Bréfritari: Sigríður Pálsdóttir
Viðtakandi: Páll Pálsson
Dagsetning: A-1865-04-16
Skrifað á: Breiðabólsstað  Rang.
Páll var bróðir Sigríðar

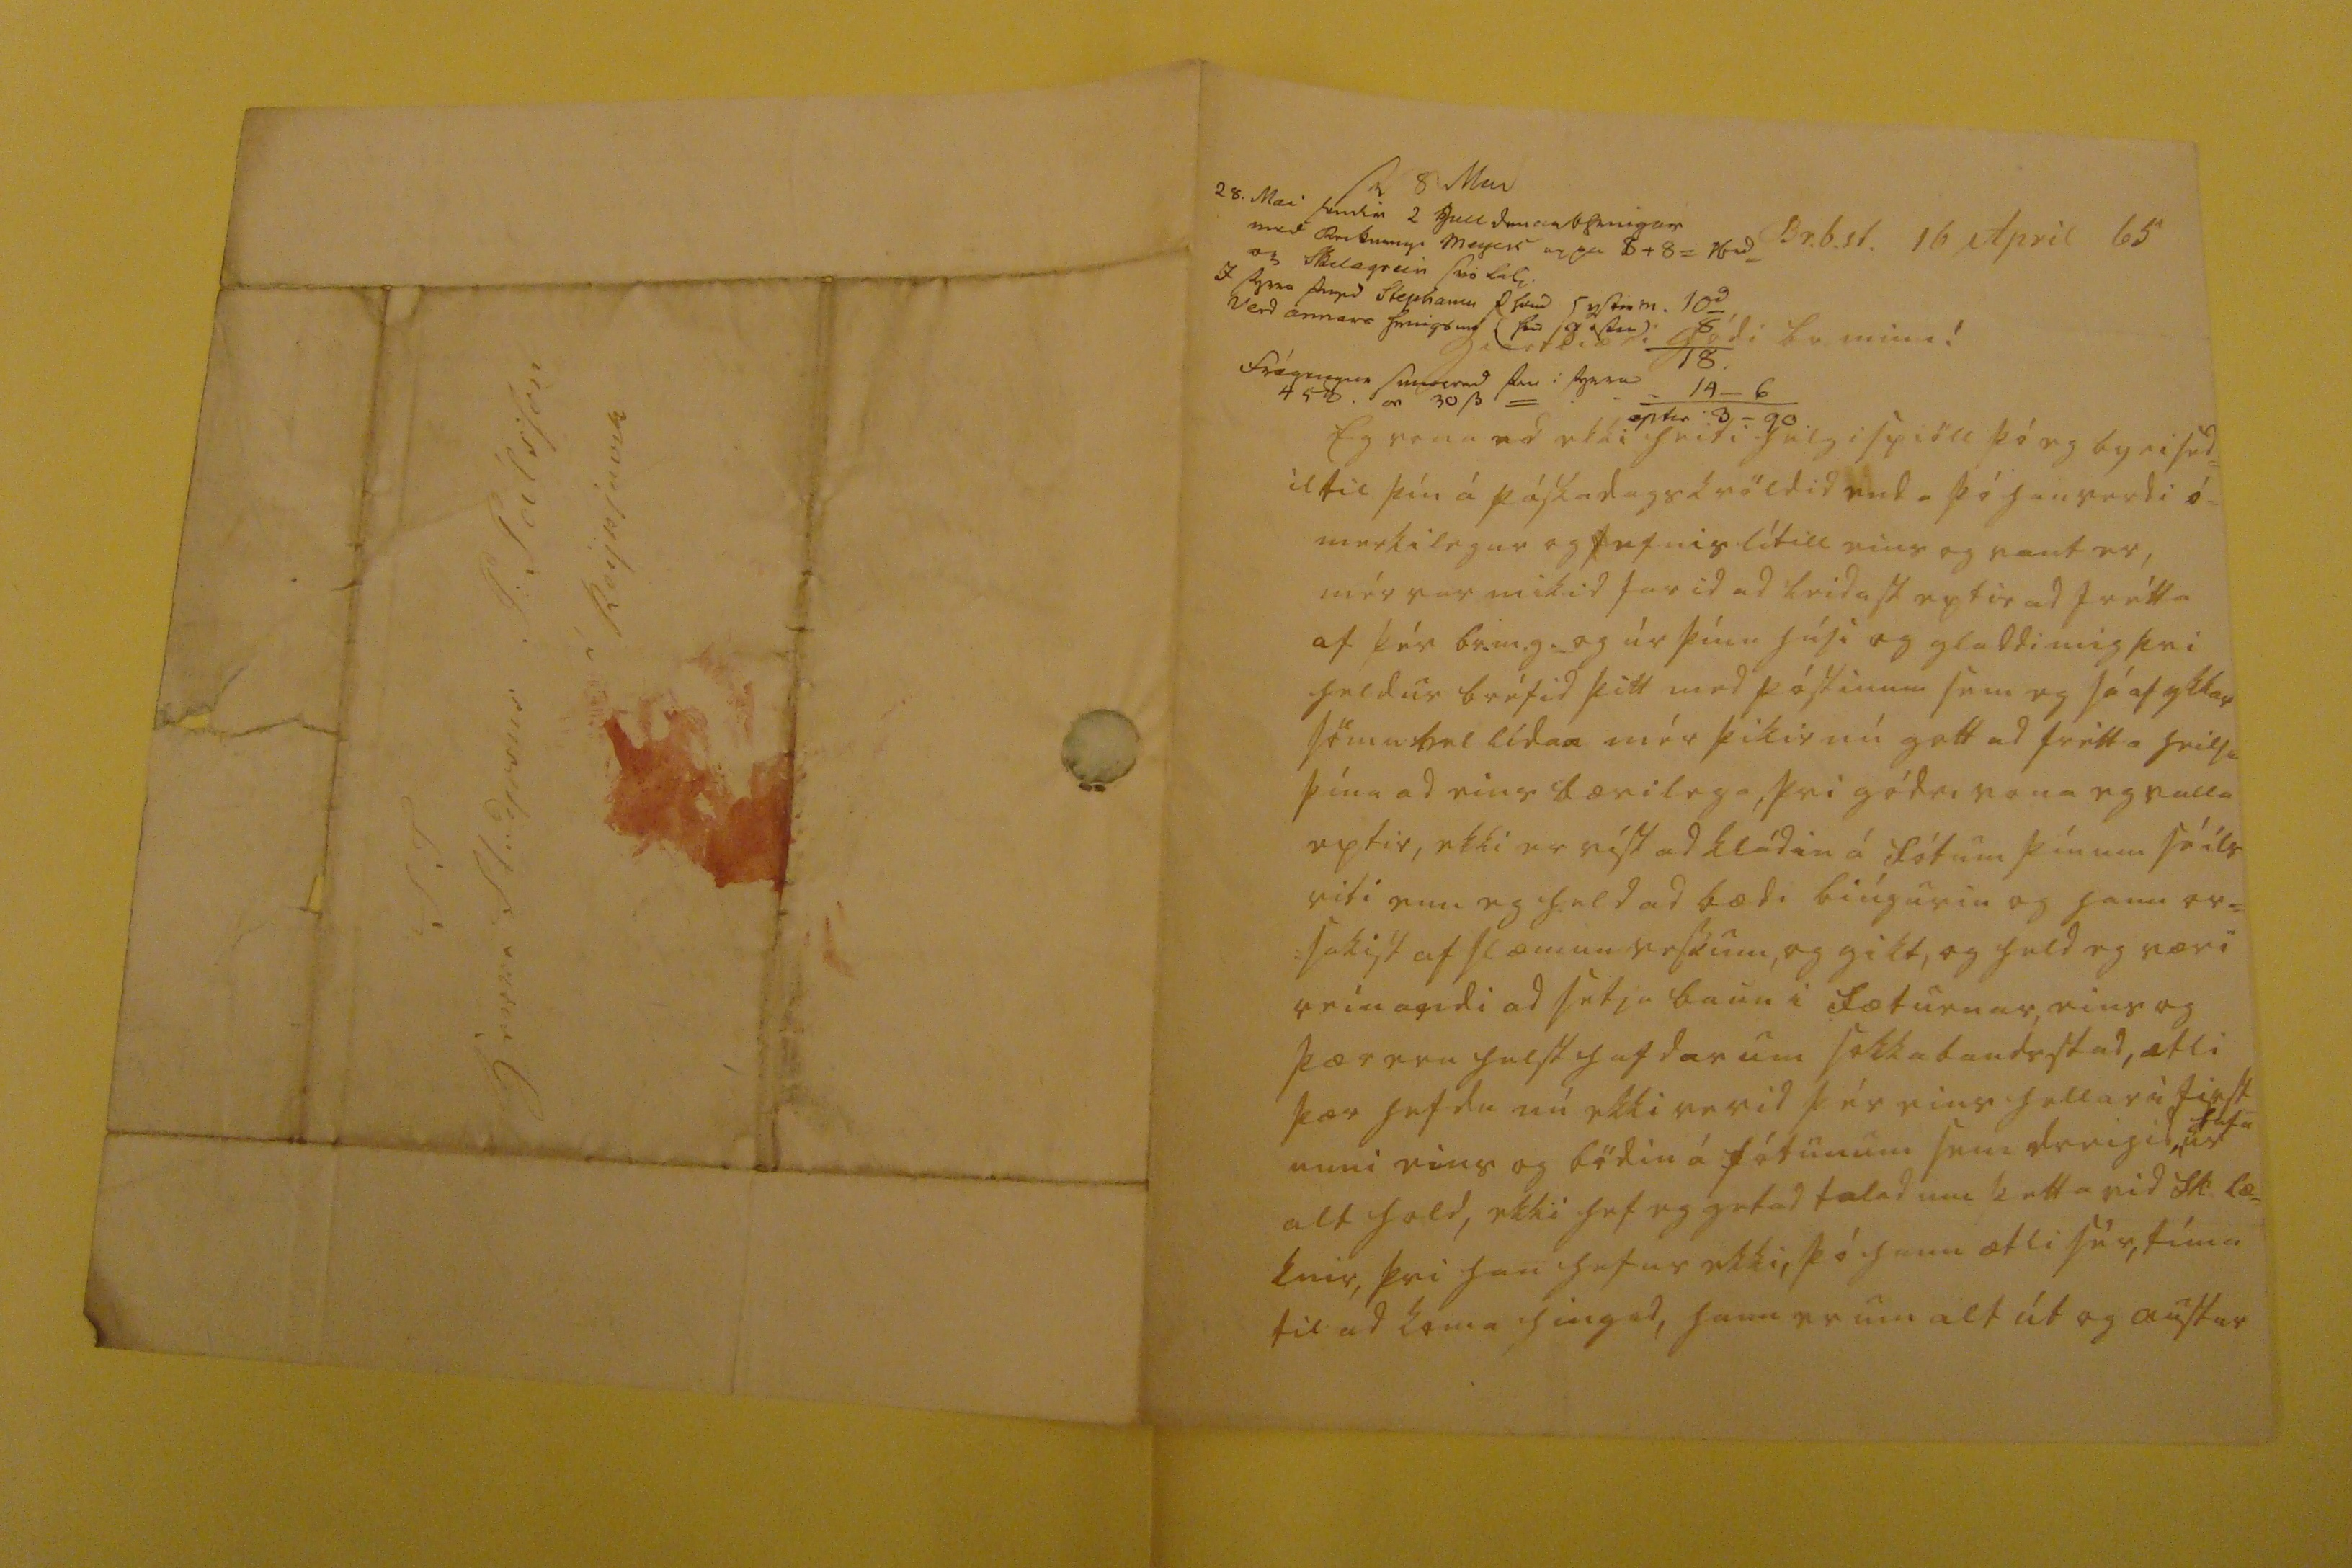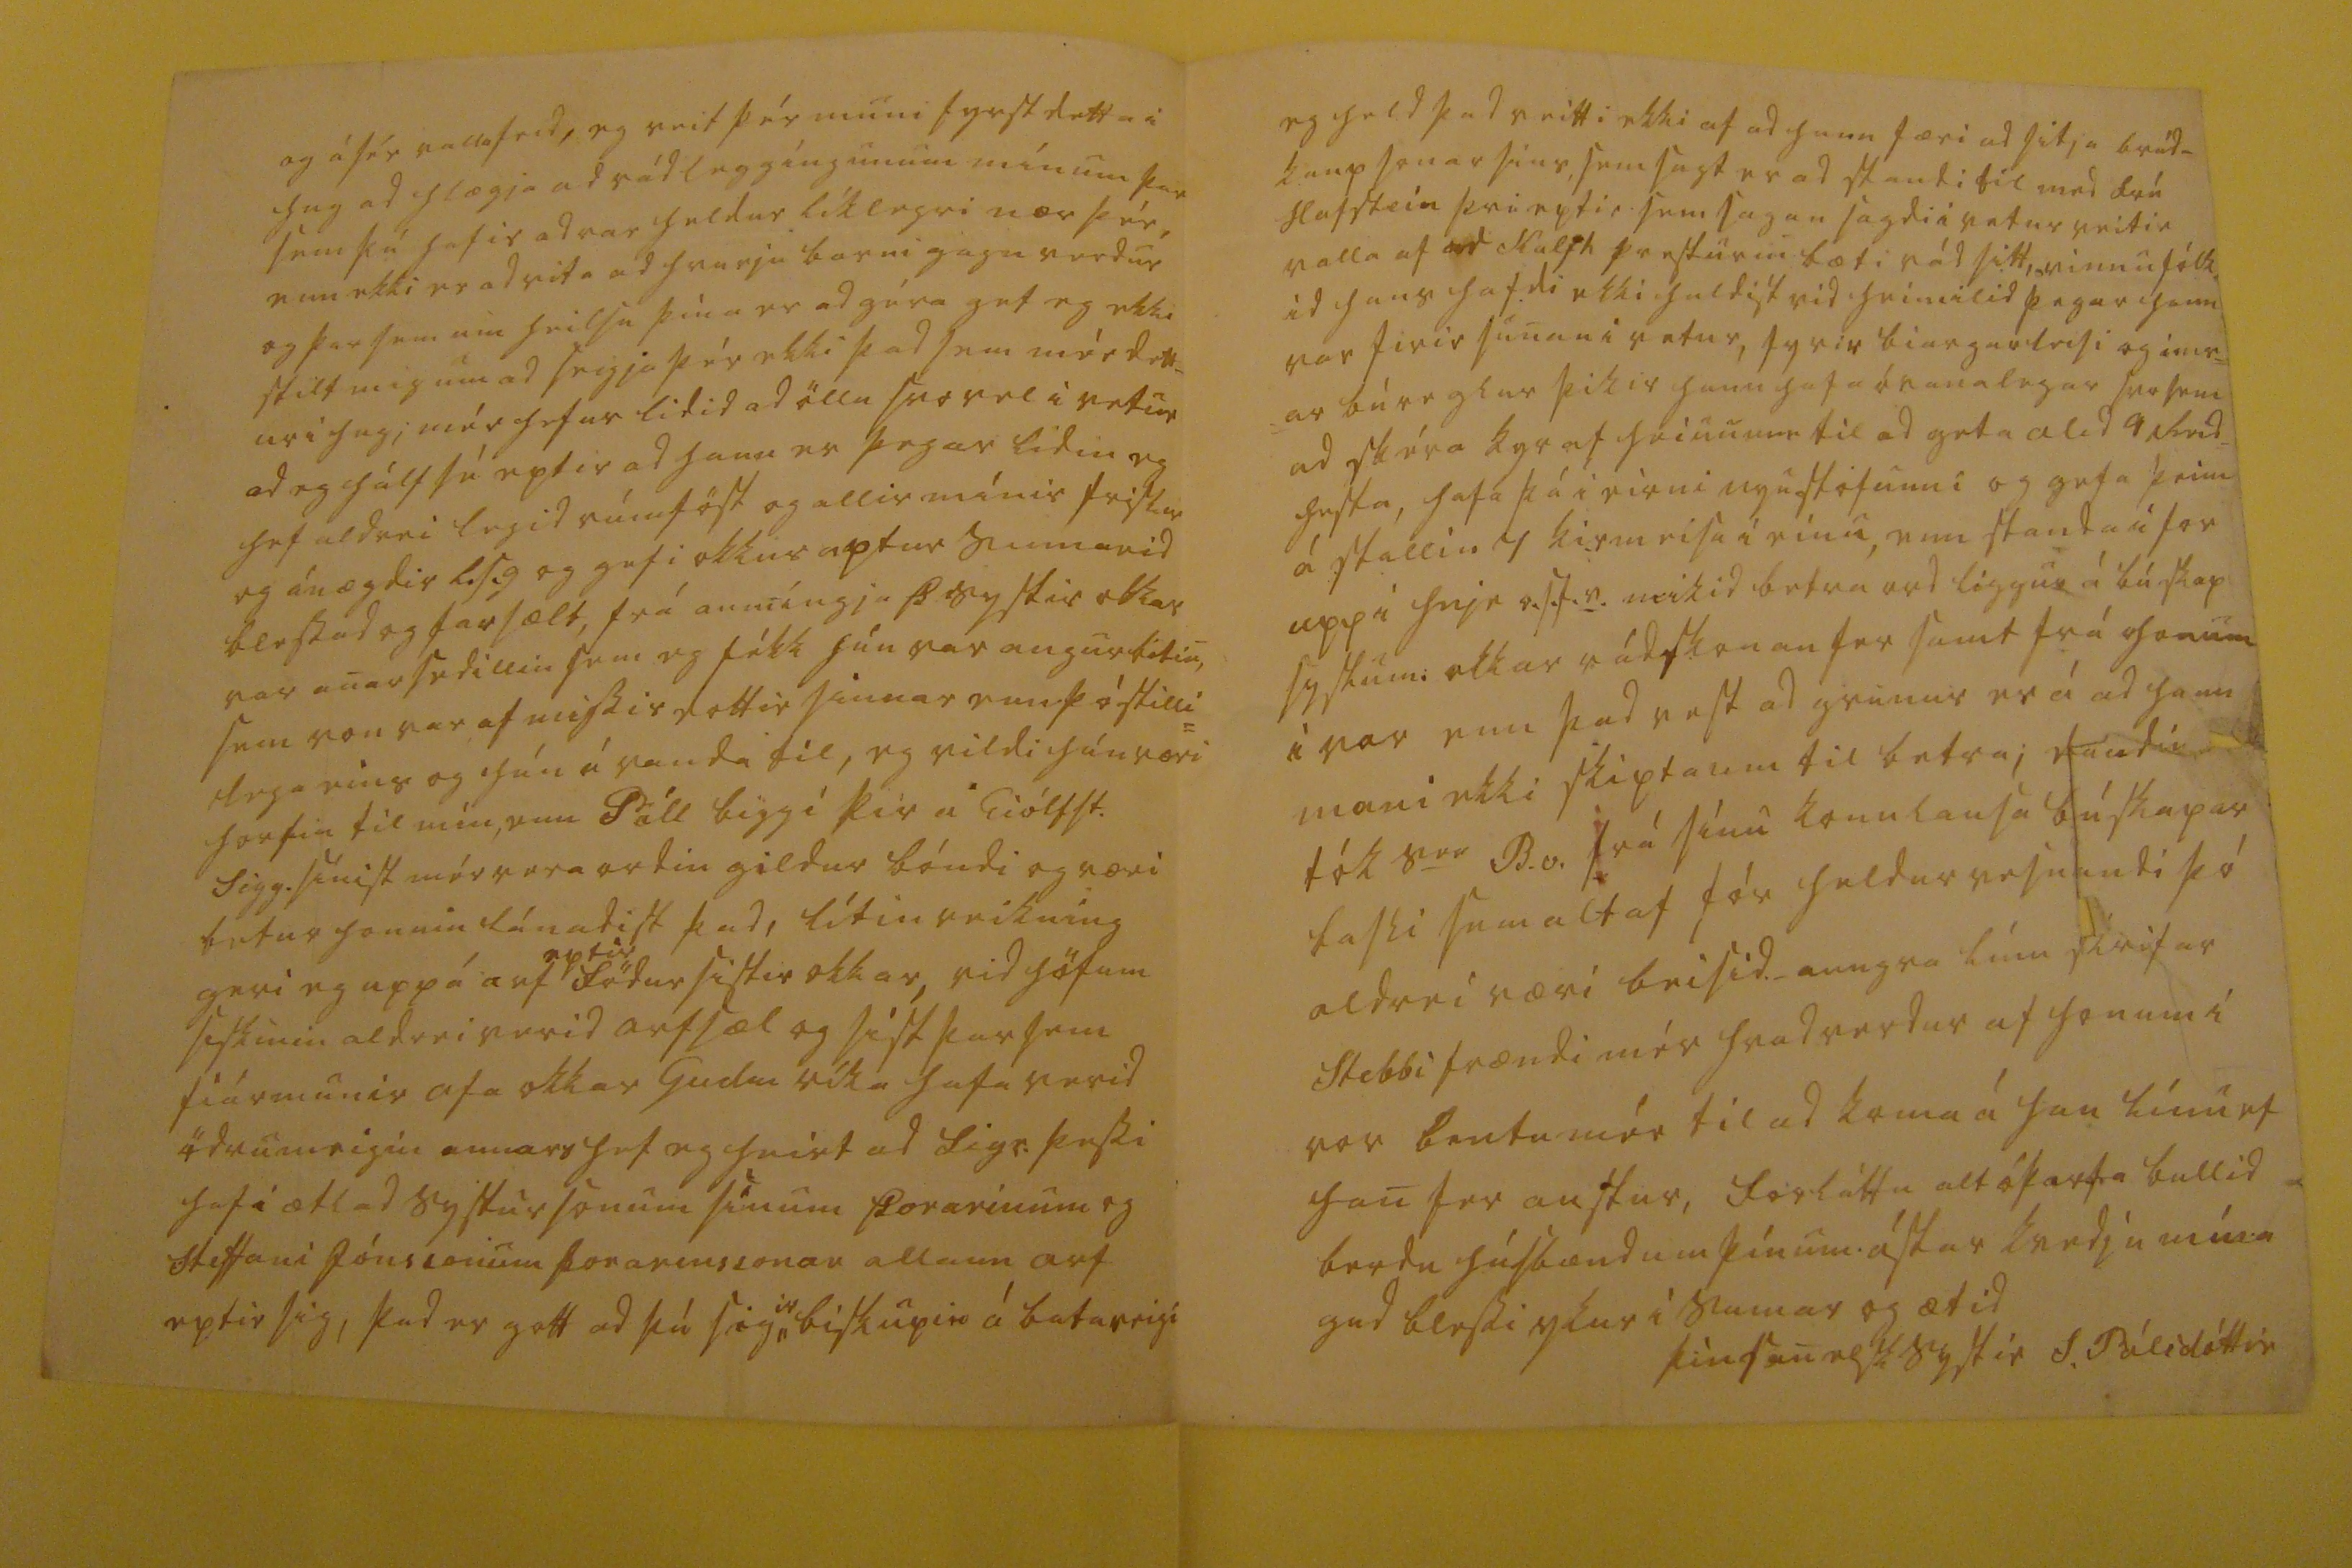

sv 8 Mai 28. Mai sendir 2 gulldemanthringar med 0ei0b000 mey00 uppa 8+8=16d og skilagrein 000 la00 I fyrra s000d Stephaniu 0000 systir m. 10 verd annars hringsins frágeng00 s0000d 00 i fyrra
Br.b.st. 16 April 65
hiartkiæri gódi br. minn!
Eg vona ad ekki heiti helgispiöll þó eg by ei sed= il til þín á páskadagskvöldid enda þó han verdi ó= merkilegur og efnislítill eins og vant er, mér var mikid farid ad leidast eptir ad frétta af þér br.m.g. og úr þínu húsi og gladdi mig þvi heldur bréfid þitt med póstinum sem eg sé af ykkar sömu vel lídan mér þikir nú gott ad frétta heilsu þína ad eins bærilega, þvi gódri vona eg valla eptir, ekki er víst ad kládin á fótum þínum sé ils viti enn eg held ad bædi biúgurin og hann or= =sakist af slæmum vessum, og gikt, og held eg væri reinandi ad setja baun i fæturnar, eins og þær eru helst hafdar um sokkabandsstad, ætli þær hefdu nú ekki verid þér eins
hellar
i first= unni eins og bödin á fótunum sem dreigid
hafa
ur alt holt, ekki hef eg getad talad um þetta vid Sk læ= knir, þvi han hefur ekki, þó hann ætli sér, tíma til ad koma hingad, hann er um alt út og austur
og á sér valla frid, eg veit þér muni fyrst detta i hug ad hlægja ad rádleggíngunum mínum þar sem þú hafir adrar heldur líklegri nær þér, enn ekki er ad vita ad hvurju barni gagn verdur og þar sem um heilsu þína er ad géra get eg ekki stilt mig um ad seigja þér ekki þad sem mér dett= ur i hug; mér hefur lidid ad öllu svo vel i vetur ad eg hálf sé eptir ad hann er þegar lidin eg hef aldrei legid rúmföst og allir mínir friskir og ánægdir l.s.g og gefi okkur aptur sumarid blessad og farsælt, frá aumíngja Þ systir okkar var anar sedillin sem eg fékk hún var angurbitin, sem von var af missir dottir sinnar enn þó stilli= lega eins og hún á vanda til, eg vildi hún væri horfin til mín, enn Páll biggi
þir
á Eiólfst. Sigg. sínist mér vera ordin gildur bóndi og væri betur honum lánadist þad, lítin reikning geri eg uppá arf
eptir
födur sistir okkar, vid höfum siskinin aldrei verid arfsæl og sist þar sem fiármunir afa okkar Gudm ríka hafa verid ödrumeigin annars hef eg heirt ad Sigr. þessi hafi ætlad systursonum sínum Þorarinum og Steffani Jónssonum þorarinssonar allan arf eptir sig, þad er gott ad þú sig
ir
biskupin á bataveigi
eg held þad veitti ekki af ad hann færi ad sitja brúd= kaup sonar síns, sem sagt er ad standi til med frú Hafstein þvi eptir sem sagan sagdi i vetur veitir valla af ad Halfh presturin bæti rád sitt, vinnufólk= id hans hafdi ekki haldist vid heimilid þegar hann var firir sunan i vetur, fyrir biargarleisi og
000= =ar
búreglur þikir hann hafa óvanalegar svo sem ad skéra kyr af heiunum til ad geta alid 4 Reid= hesta, hafa þá i eirni nyu stofunni og gefa þeim á stallin 4 kirm risa í eínu, enn standa i for uppi hnje o.s.f.v. mikid betra ord liggur á búskap syslum: okkar rádskonan fer samt frá honum i vor enn þad vest ad grunur er á ad hann muni ekki skipta um til betra; daudin tók s
er
B.v. frá sínu konulausa búskapar basli sem altaf fór heldur vesnandi þó aldrei væri beisid._ aungva línu skrifar Stebbi frændi mér hvad verdur af honum í vor bentu mér til ad koma á han línu ef han fer austur, forláttu alt óþarfa bullid berdu húsbændum þínum ástar kvedju mína gud blessi ykur i sumar og ætid
þín sanelsk systir
S. Pálsdóttir
S T herra Studjosus P: Pálsson á Reykjavik